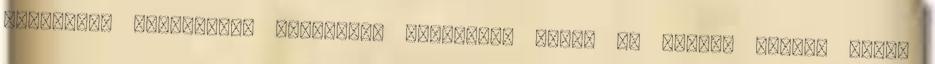
semmilyen természeti jelenség, semmilyen földi és földön kívüli élet.